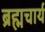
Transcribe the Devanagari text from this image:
ब्रह्मचार्य